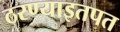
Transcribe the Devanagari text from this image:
ठरण्याइतपत